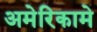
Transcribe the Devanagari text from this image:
अमेरिकामे